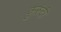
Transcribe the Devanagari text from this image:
कुरुंदी